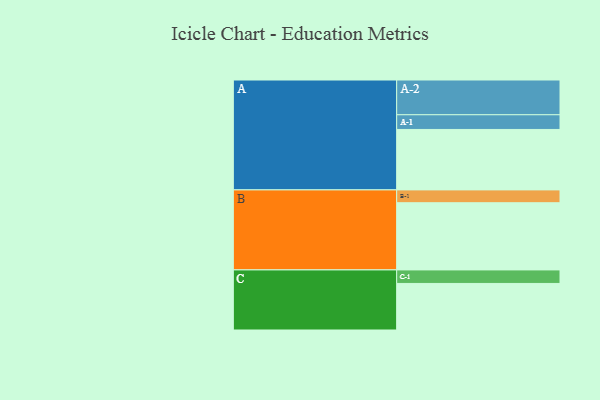
{"axis": {"x": "Segment", "y": "Value"}, "legend": ["", "A", "B", "C"], "data": [{"x": "A", "y": 518, "type": ""}, {"x": "B", "y": 576, "type": ""}, {"x": "C", "y": 399, "type": ""}, {"x": "A-1", "y": 126, "type": "A"}, {"x": "A-2", "y": 298, "type": "A"}, {"x": "B-1", "y": 110, "type": "B"}, {"x": "C-1", "y": 116, "type": "C"}]}